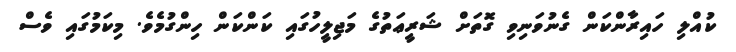
ކުއްލި ހައިރާންކަން ގެނުވަނިވި ގޮތަށް ޝަރީޢަތުގެ މަޖިލީހުގައި ކަންކަން ހިންގުމެވެ. މިކަމުގައި ވެސް